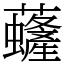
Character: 虄